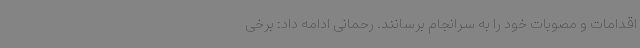
اقدامات و مصوبات خود را به سرانجام برسانند. رحمانی ادامه داد: برخی